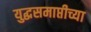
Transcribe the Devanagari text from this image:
युद्धसमाप्तीच्या